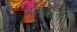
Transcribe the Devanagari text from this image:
भूतकालों